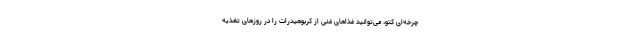
چرخه‌ای کتو، می‌توانید غذاهای غنی از کربوهیدرات را در روزهای تغذیه